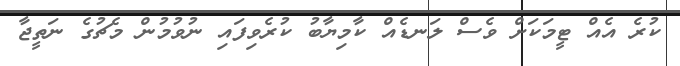
ކުރެ އެއް ޓީމަކަށް ވެސް ލަނޑެއް ކާމިޔާބު ކުރެވިފައި ނުވުމުން މެޗުގެ ނަތީޖާ